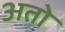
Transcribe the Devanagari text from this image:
अतो